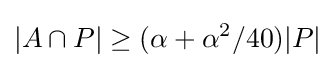
|A\cap P|\geq (\alpha +\alpha ^{2}/40)|P|